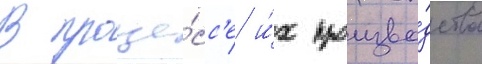
В проце́сс'е и́х произво́дства